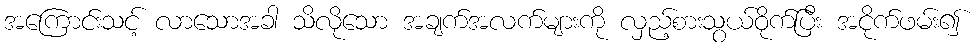
အကြောင်းသင့် လာသောအခါ သိလိုသော အချက်အလက်များကို လှည့်စားသွယ်ဝိုက်ပြီး အငိုက်ဖမ်း၍